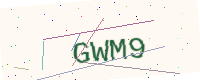
Text: GWM9